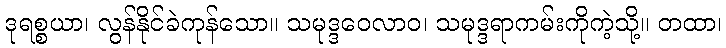
ဒုရစ္စယာ၊ လွန်နိုင်ခဲကုန်သော။ သမုဒ္ဒဝေလာဝ၊ သမုဒ္ဒရာကမ်းကိုကဲ့သို့။ တထာ၊